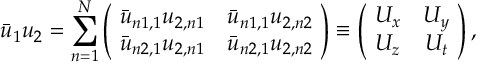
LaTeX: \bar { u } _ { 1 } u _ { 2 } = \sum _ { n = 1 } ^ { N } \left( \! \begin{array} { c c } { { \bar { u } _ { n 1 , 1 } u _ { 2 , n 1 } } } & { { \bar { u } _ { n 1 , 1 } u _ { 2 , n 2 } } } \\ { { \bar { u } _ { n 2 , 1 } u _ { 2 , n 1 } } } & { { \bar { u } _ { n 2 , 1 } u _ { 2 , n 2 } } } \end{array} \! \right) \equiv \left( \! \begin{array} { c c } { { U _ { x } } } & { { U _ { y } } } \\ { { U _ { z } } } & { { U _ { t } } } \end{array} \! \right) ,